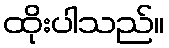
ထိုးပါသည်။